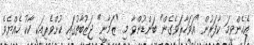
އެހެންވީމަ ކާފަރުން "އަވަހާރަވެގެން" ބަންޑުންވާ މި "ޒަމާނީ" ޖަޒުބާތުގައި ކުށްވެރިއަކީ ކާކު ހެއްޔެވެ